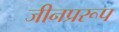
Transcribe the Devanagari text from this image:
जीनप्ररूप